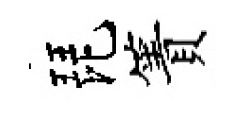
琵簀